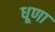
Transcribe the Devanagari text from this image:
धूणा